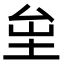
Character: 𡊏